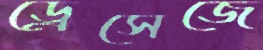
ড্রেসেজে